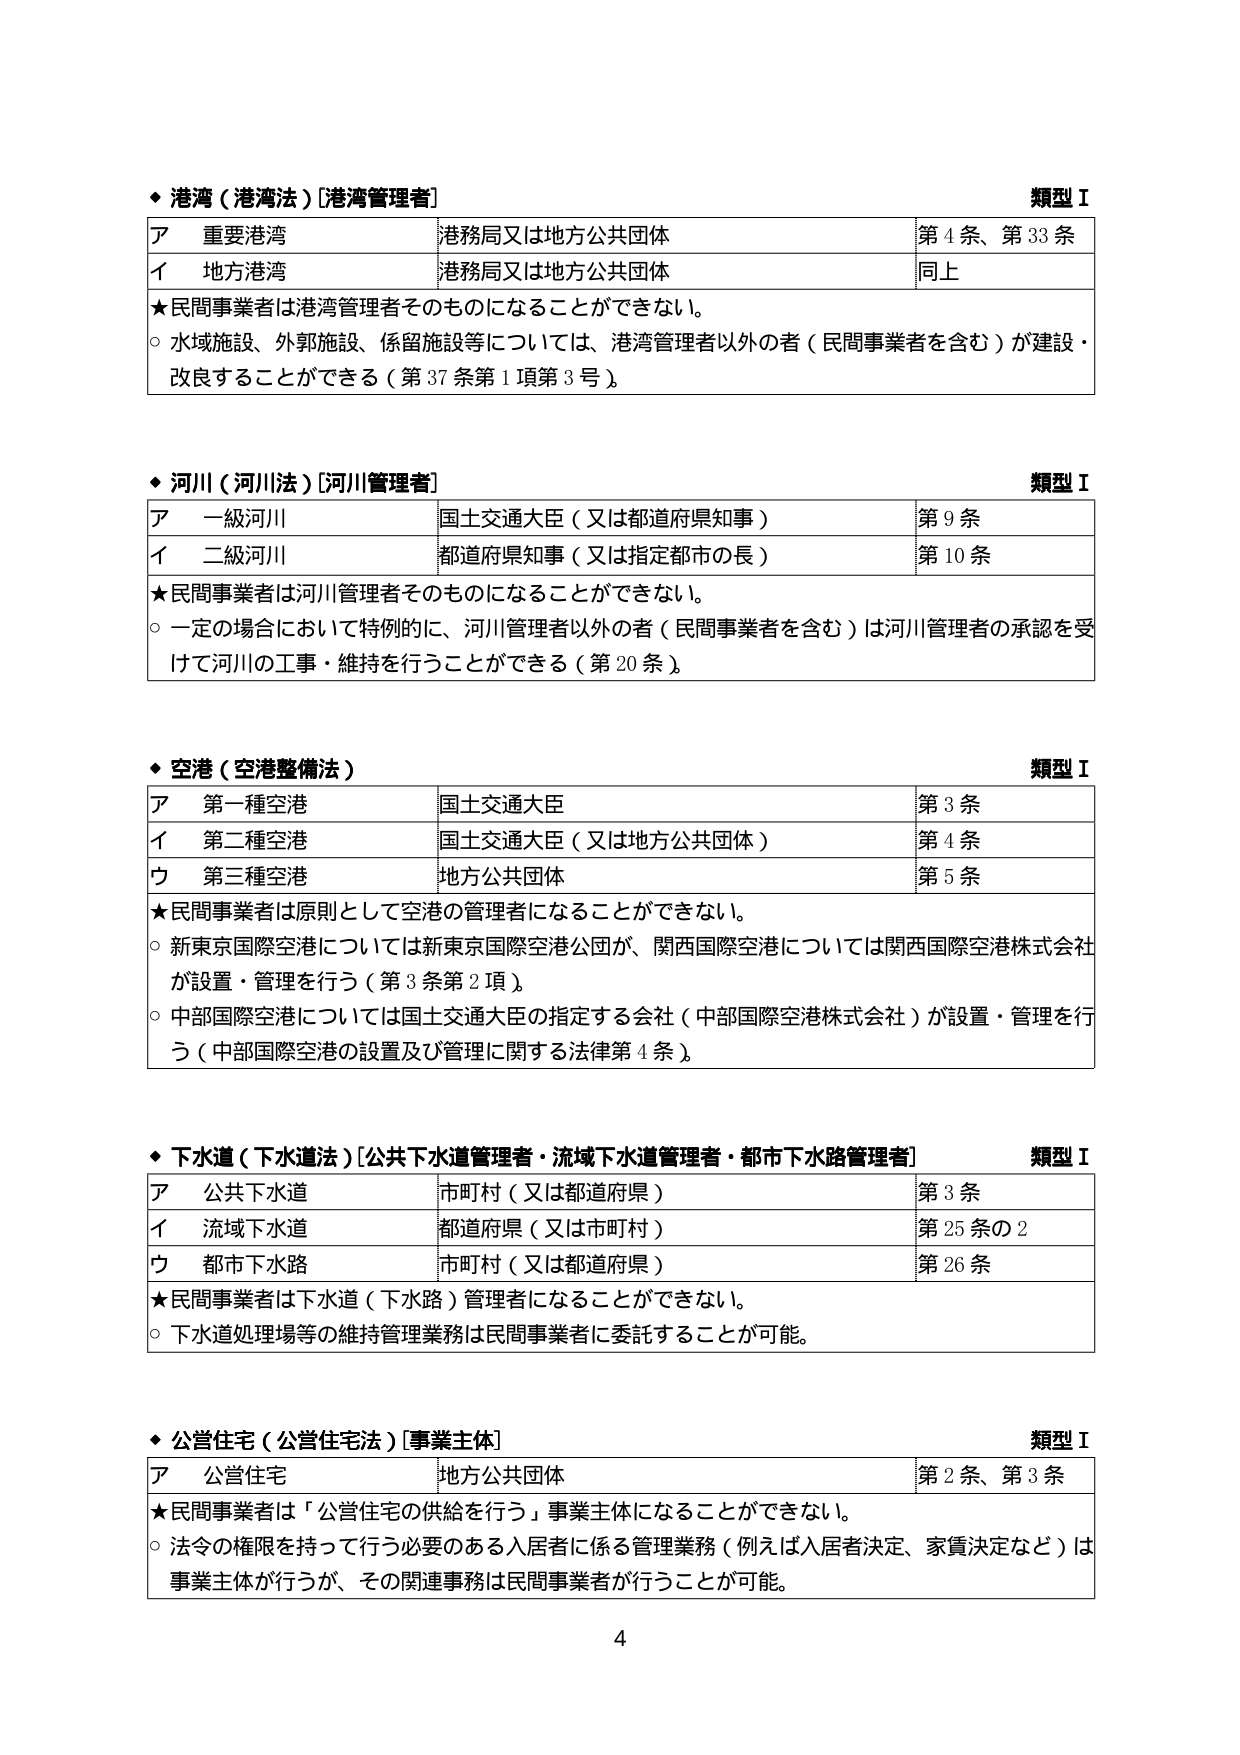
◆ 港湾（港湾法）[港湾管理者]
類型Ⅰ
ア 重要港湾 港務局又は地方公共団体 第4条、第33条
イ 地方港湾 港務局又は地方公共団体 同上
★民間事業者は港湾管理者そのものになることができない。
○ 水域施設、外郭施設、係留施設等については、港湾管理者以外の者（民間事業者を含む）が建設・改良することができる（第37条第1項第3号）。

◆ 河川（河川法）[河川管理者]
類型Ⅰ
ア 一級河川 国土交通大臣（又は都道府県知事） 第9条
イ 二級河川 都道府県知事（又は指定都市の長） 第10条
★民間事業者は河川管理者そのものになることができない。
○ 一定の場合において特例的に、河川管理者以外の者（民間事業者を含む）は河川管理者の承認を受けて河川の工事・維持を行うことができる（第20条）。

◆ 空港（空港整備法）
類型Ⅰ
ア 第一種空港 国土交通大臣 第3条
イ 第二種空港 国土交通大臣（又は地方公共団体） 第4条
ウ 第三種空港 地方公共団体 第5条
★民間事業者は原則として空港の管理者になることができない。
○ 新東京国際空港については新東京国際空港公団が、関西国際空港については関西国際空港株式会社が設置・管理を行う（第3条第2項）。
○ 中部国際空港については国土交通大臣の指定する会社（中部国際空港株式会社）が設置・管理を行う（中部国際空港の設置及び管理に関する法律第4条）。

◆ 下水道（下水道法）[公共下水道管理者・流域下水道管理者・都市下水路管理者]
類型Ⅰ
ア 公共下水道 市町村（又は都道府県） 第3条
イ 流域下水道 都道府県（又は市町村） 第25条の2
ウ 都市下水路 市町村（又は都道府県） 第26条
★民間事業者は下水道（下水路）管理者になることができない。
○ 下水道処理場等の維持管理業務は民間事業者に委託することが可能。

◆ 公営住宅（公営住宅法）[事業主体]
類型Ⅰ
ア 公営住宅 地方公共団体 第2条、第3条
★民間事業者は「公営住宅の供給を行う」事業主体になることができない。
○ 法令の権限を持って行う必要のある入居者に係る管理業務（例えば入居者決定、家賃決定など）は事業主体が行うが、その関連事務は民間事業者が行うことが可能。

4